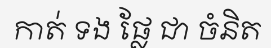
កាត់ ទង ផ្លែ ជា ចំនិត